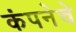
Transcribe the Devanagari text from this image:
कंपनेचे